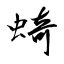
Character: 䗁